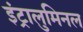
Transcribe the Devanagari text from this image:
इंट्रालुमिनल